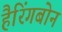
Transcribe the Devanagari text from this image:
हैरिंगबोन